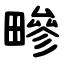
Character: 㽩